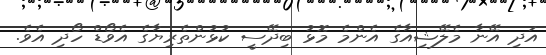
އަދި އޭނާ މެލޭޝިއާގެ އެންމެ މޮޅު ބިދޭސީ ކުޅުންތެރިޔާގެ އެވޯޑް ހޯދި އެވެ.